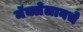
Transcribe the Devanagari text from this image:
मॅक्लेलानचे